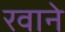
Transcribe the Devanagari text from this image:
रवाने